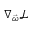
\nabla _ { \vec { \omega } } \mathcal { L }